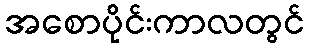
အစောပိုင်းကာလတွင်